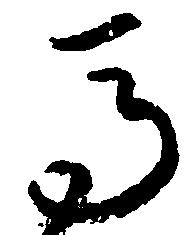
馬